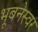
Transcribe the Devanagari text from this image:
भूबनेस्वर